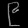
Digit: ၉